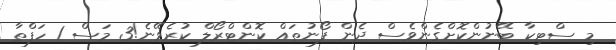
މި ސްޓިކާ ބޭނުންކޮށްގެންވެސް ދެން ފޯނުތައް ކޮންޓްރޯލް ކުރެވޭނެ!3 މަސް 1 ހަފްތާ